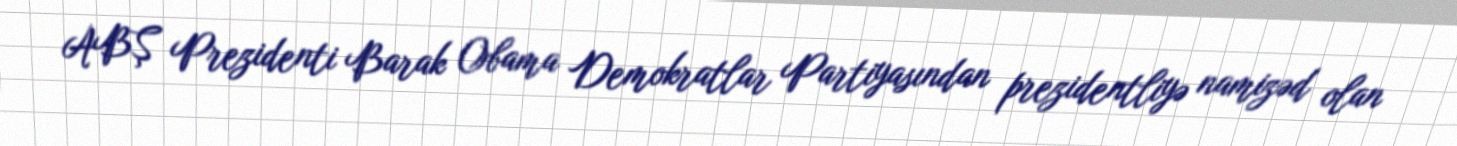
ABŞ Prezidenti Barak Obama Demokratlar Partiyasından prezidentliyə namizəd olan